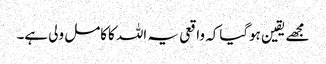
مجھے یقین ہوگیاکہ واقعی یہ اللہ کاکامل ولی ہے۔